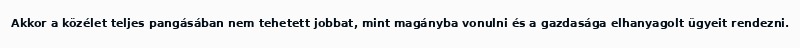
Akkor a közélet teljes pangásában nem tehetett jobbat, mint magányba vonulni és a gazdasága elhanyagolt ügyeit rendezni.